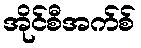
အိုင်စီအက်စ်